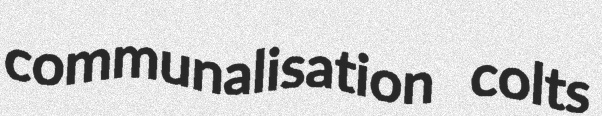
communalisation colts